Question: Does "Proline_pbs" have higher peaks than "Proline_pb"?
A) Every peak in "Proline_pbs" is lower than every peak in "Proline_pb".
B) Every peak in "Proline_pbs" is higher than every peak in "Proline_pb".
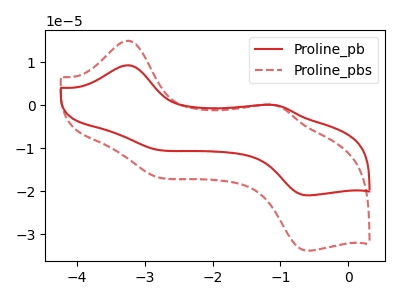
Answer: <think>The red curve "Proline_pb" has anodic peaks at (-3.25V, 9.30uA) (-1.15V, 0.10uA) and cathodic peaks at (-2.85V, -10.20uA) (-0.55V, -20.90uA). The red dashed curve "Proline_pbs" has anodic peaks at (-3.25V, 15.00uA) (-1.15V, 0.15uA) and cathodic peaks at (-2.85V, -16.50uA) (-0.55V, -33.75uA).</think>
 <answer>B) Every peak in "Proline_pbs" is higher than every peak in "Proline_pb".</answer>
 <eval>B</eval>